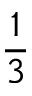
\frac 1 3